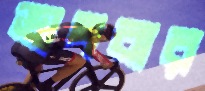
ভাঙ্গবার